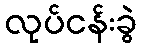
လုပ်ငန်းခွဲ